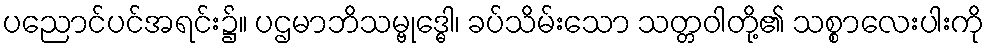
ပညောင်ပင်အရင်း၌။ ပဌမာဘိသမ္ဗုဒ္ဓေါ၊ ခပ်သိမ်းသော သတ္တဝါတို့၏ သစ္စာလေးပါးကို